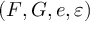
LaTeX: ( F , G , e , \varepsilon )